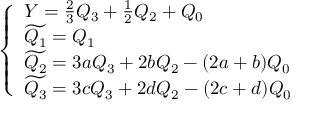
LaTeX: \left\{ \begin{array} { l } { { Y = \frac { 2 } { 3 } Q _ { 3 } + \frac { 1 } { 2 } Q _ { 2 } + Q _ { 0 } } } \\ { { \widetilde { Q _ { 1 } } = Q _ { 1 } } } \\ { { \widetilde { Q _ { 2 } } = 3 a Q _ { 3 } + 2 b Q _ { 2 } - ( 2 a + b ) Q _ { 0 } } } \\ { { \widetilde { Q _ { 3 } } = 3 c Q _ { 3 } + 2 d Q _ { 2 } - ( 2 c + d ) Q _ { 0 } } } \end{array} \right.